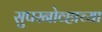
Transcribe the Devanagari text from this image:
सुपरनोव्हाच्या